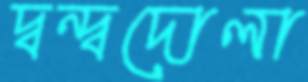
দ্বন্দ্বদোলা